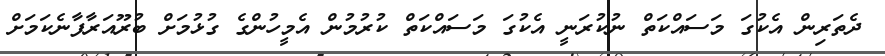
ދެތަރިން އެކުގަ މަސައްކަތް ނުކުރަނީ އެކުގަ މަސައްކަތް ކުރުމުން އެމީހުންގެ ގުޅުމަށް ބުރޫއަރާފާނެކަމަށް